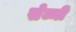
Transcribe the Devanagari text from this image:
सेज्मी